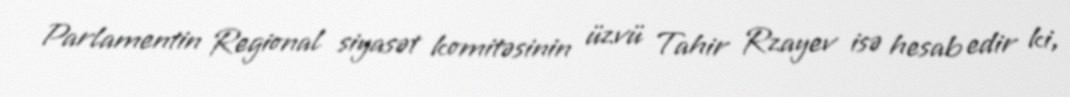
Parlamentin Regional siyasət komitəsinin üzvü Tahir Rzayev isə hesab edir ki,